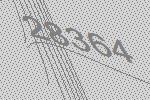
28364